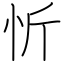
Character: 忻